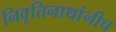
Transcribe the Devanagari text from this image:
निवृत्तिनाथांनीच